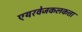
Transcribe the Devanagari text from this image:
एयरवेजकलकत्ता